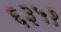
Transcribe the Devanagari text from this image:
६३५१